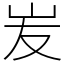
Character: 𡵢